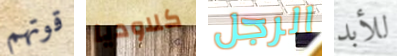
قوتهم كلاوديا الرجل للأبد